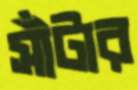
সাঁটার